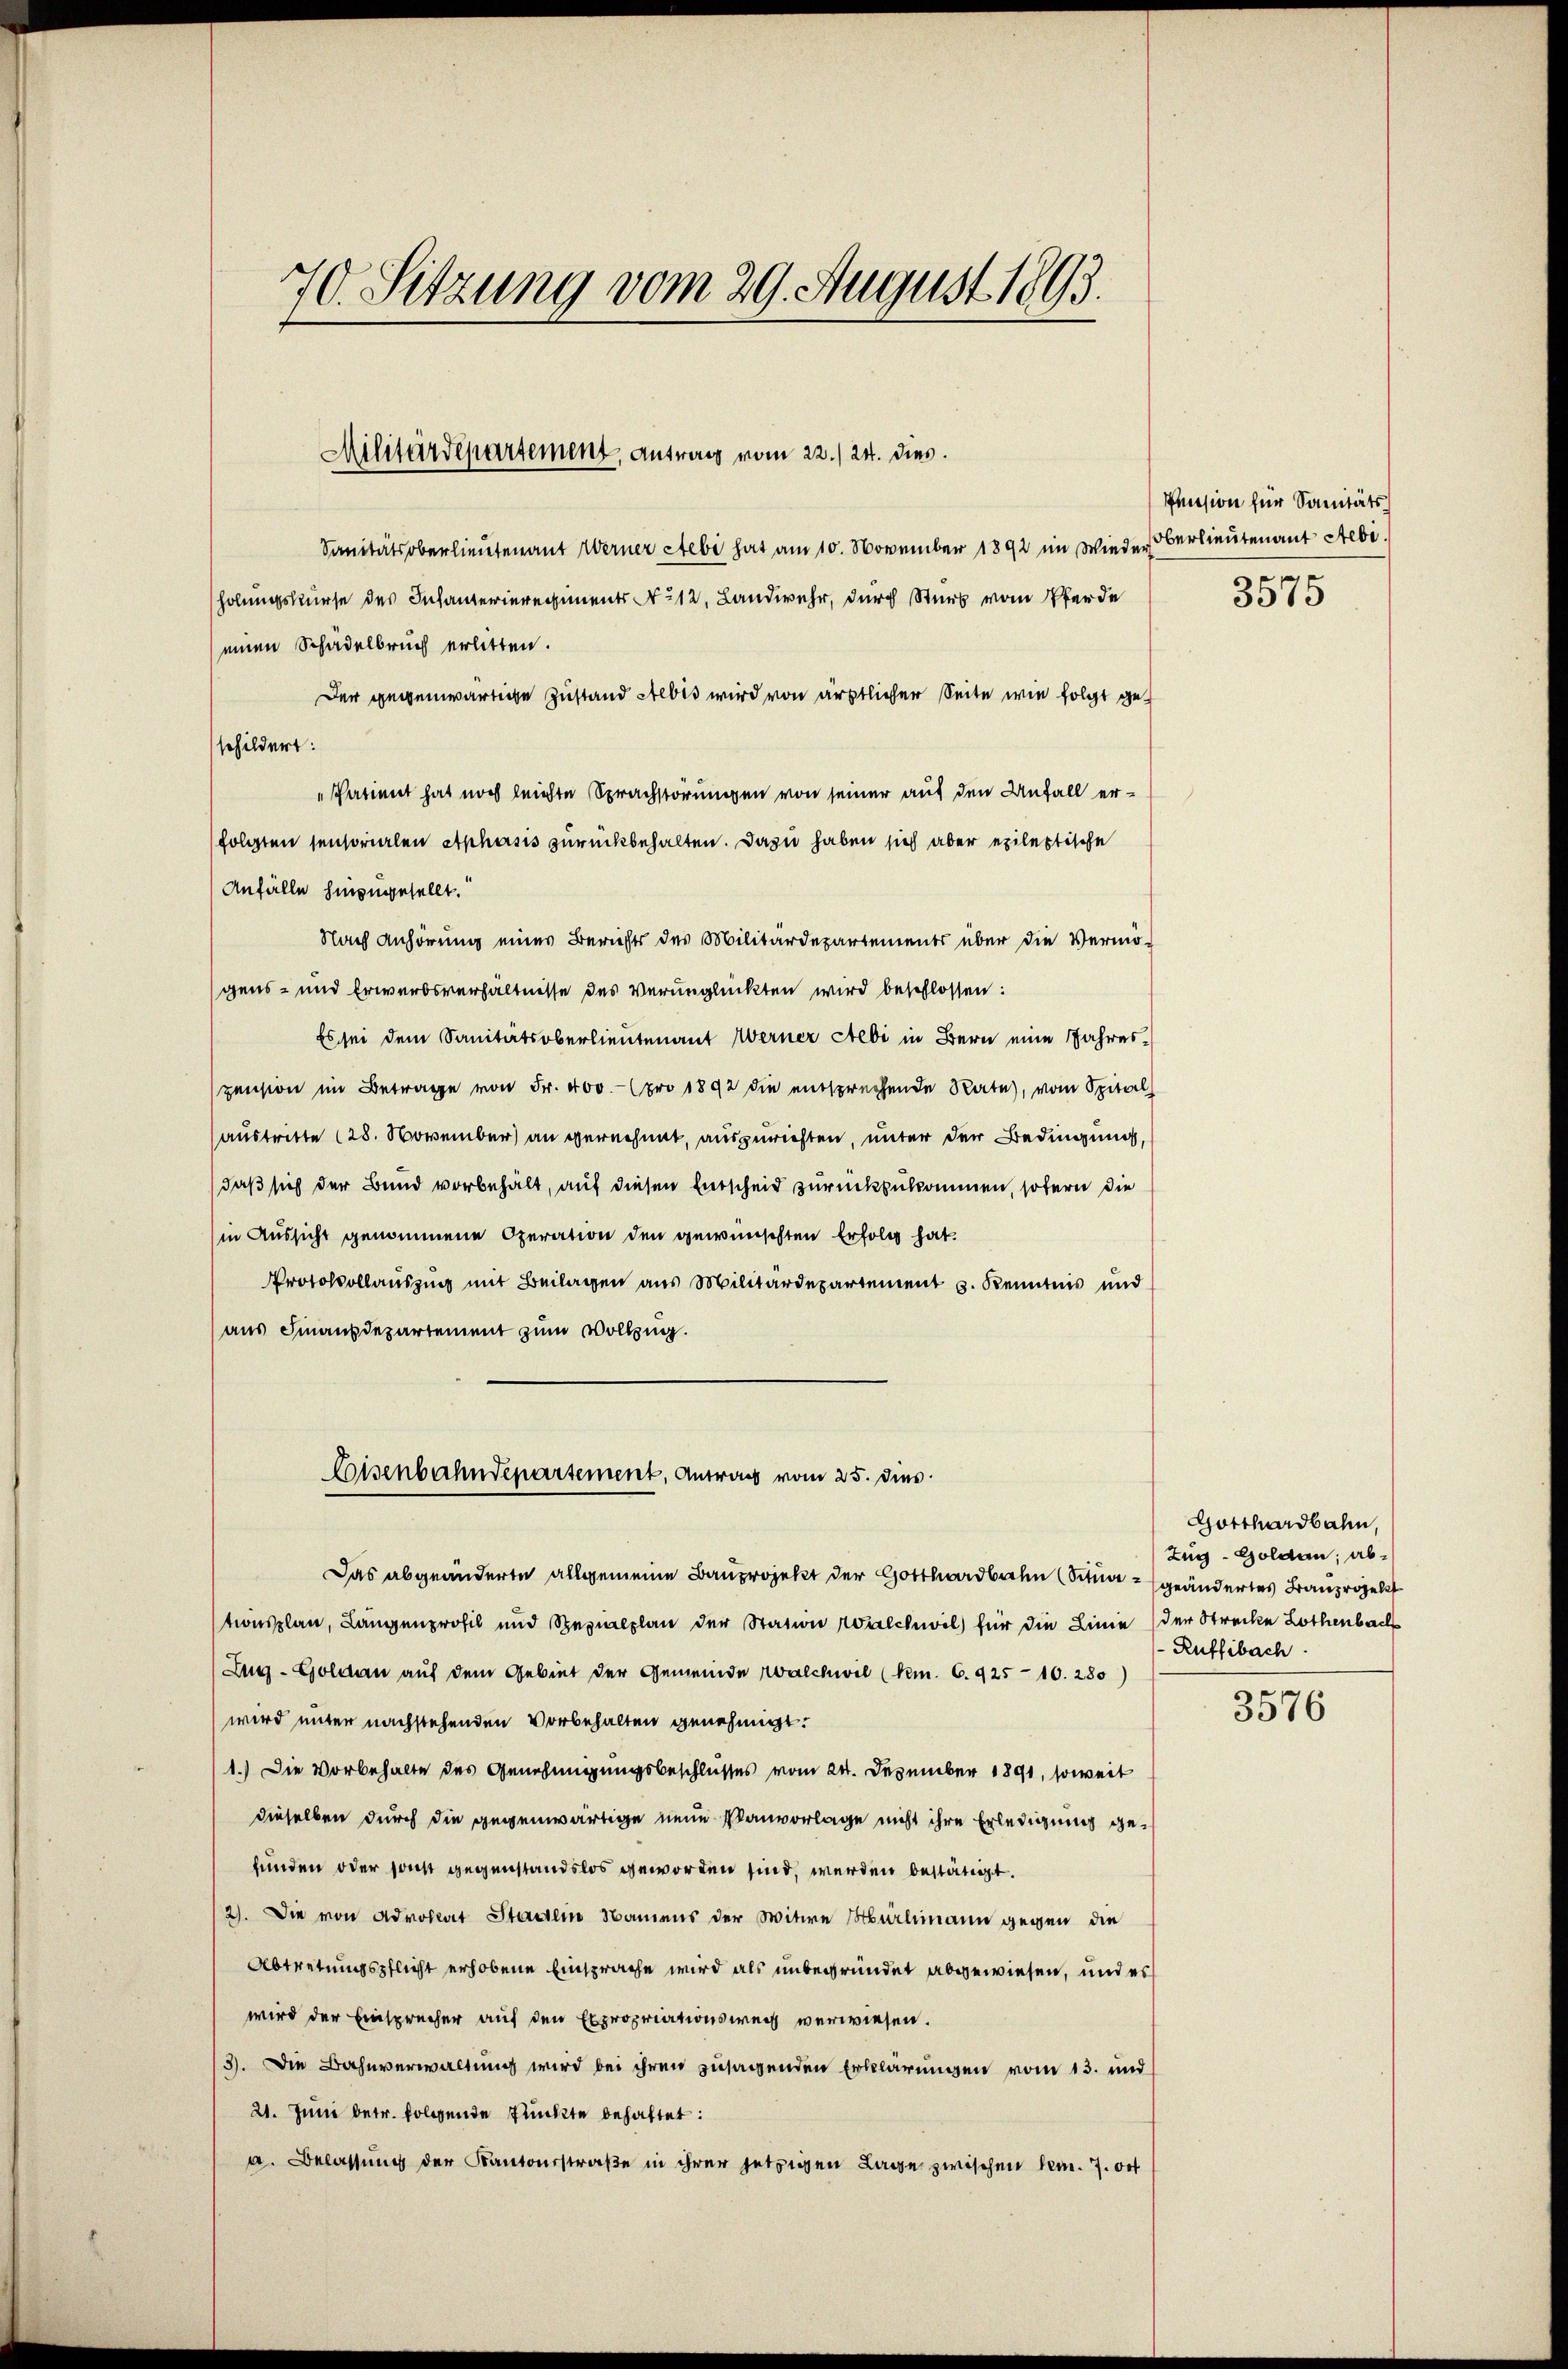
70. Sitzung vom 29. August 1893.

Militärdepartement, Antrag vom 22./24. dies

Sanitätsoberlieutenant Werner Stebe hat am 10. November 1892 im Wieder Oberlieutenant Seb.
holungskurse des Infanterieregiments No 12. Landwehr, durch Stück vom Pferde
einen Schädelbruch erlitten.
Der gegenwärtige Zustand Stebis wird von ärztlicher Seite wie folgt geschildert:
"Patient hat noch leichte Sprachstörungen von seiner auf den Unfall erfolgten sensorialen Aphasis zurückbehalten. Dazu haben sich aber epileptische
Anfälle hinzugesellt.
Nach Anhörung eines Berichts des Militärdepartements über die Vermö-
gens- und Erwerbsverhältnisse des verunglückten wird beschlossen:
Es sei dem Sanitätsoberlieutenant Werner Ateli in Bern eine Jahres-
pension im Betrage von Fr. 400.- (pro 1892 die entsprechende Rate, vom Spital
austritte (28. November an gerechnet, auszurichten, unter der Bedingung,
daß sich der Bund vorbehält, auf diesen Entscheid zurückzukommen, sofern die
in Aussicht genommene Operation den gewünschten Erfolg hat.
Protokollauszug mit Beilagen aus Militärdepartement s. Kenntnis und
aus Finanzdepartement zum Vollzug.
Lisenbahndepartement, Antrag vom 25. dies
Das abgeänderte allgemeine Bauprojekt der Gotthardbahn (Situar geändertes Bauprojekt
tionsplan, Langenprofil und Spezialplan der Station Walchwil für die Linie (der Strecke Lothenbach
Zug–Goldau auf dem Gebiet der Gemeinde Walchwil (Nem. 6. 925 - 10. 280)
wird unter nachstehenden Vorbehalten genehmigt.
1.) Die Vorbehalte des Genehmigungsbeschlusses vom 24. Dezember 1891, soweit
dieselben durch die gegenwärtige neue Planvorlage nicht ihre Erledigung gefunden oder sonst gegenstandslos geworden sind, werden bestätigt.
2). Die von Advollat Staatein Namens der Witwe Hürlimann gegen die
Abtretungspflicht erhobene Einsprache wird als unbegründet abgewiesen, und es
wird der Einsprecher auf den Expropriationsweg verwiesen.
3). Die Bahnverwaltung wird bei ihren zusagenden Erklärungen vom 13. und
21. Juni betr. folgende Punkte behaltet:
a. Belassung der Kantonsstraße in ihrer jetzigen Lage zwischen Gem. 7. Oct

Pension für Sanitäts

3575

Gotthardbahn,
Zug–Goldan; ab¬
Ruffibach.

3576